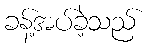
ခန့်အပ်ခဲ့သည်